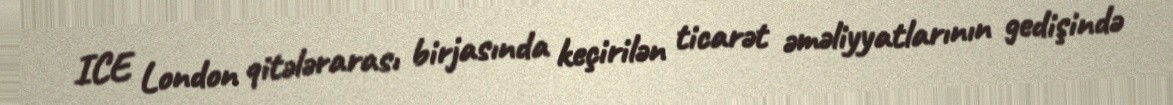
ICE London qitələrarası birjasında keçirilən ticarət əməliyyatlarının gedişində